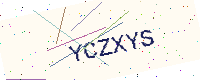
Text: YCZXYS